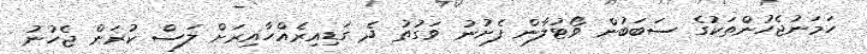
ހަމަނުޖެހުންތަކުގެ ސަބަބުން ވޯޓުލާން ފެށުނު ވަގުތު ދެ ގަޑިއިރެއްހާއިރަށް ލަސް ކުރަން ޖެހުނު